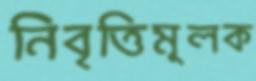
নিবৃত্তিমূলক